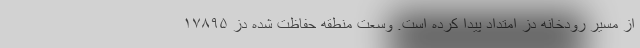
از مسیر رودخانه دز امتداد پیدا کرده است. وسعت منطقه حفاظت شده دز ۱۷۸۹۵